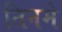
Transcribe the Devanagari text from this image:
तिनमे